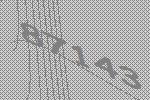
87143